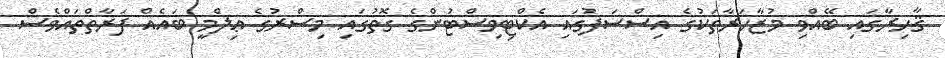
ޤާހިރާގައި ބޭއްވި މުޒާހަރާތަކުގެ އިސްސަފުގައި އެކްޓިވިސްޓުންގެ ގޮތުގައި މިސްރުގެ ޢިލްމީ ބައެއް ފަރާތްތައްވެސް